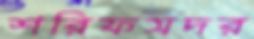
শরিফসদর